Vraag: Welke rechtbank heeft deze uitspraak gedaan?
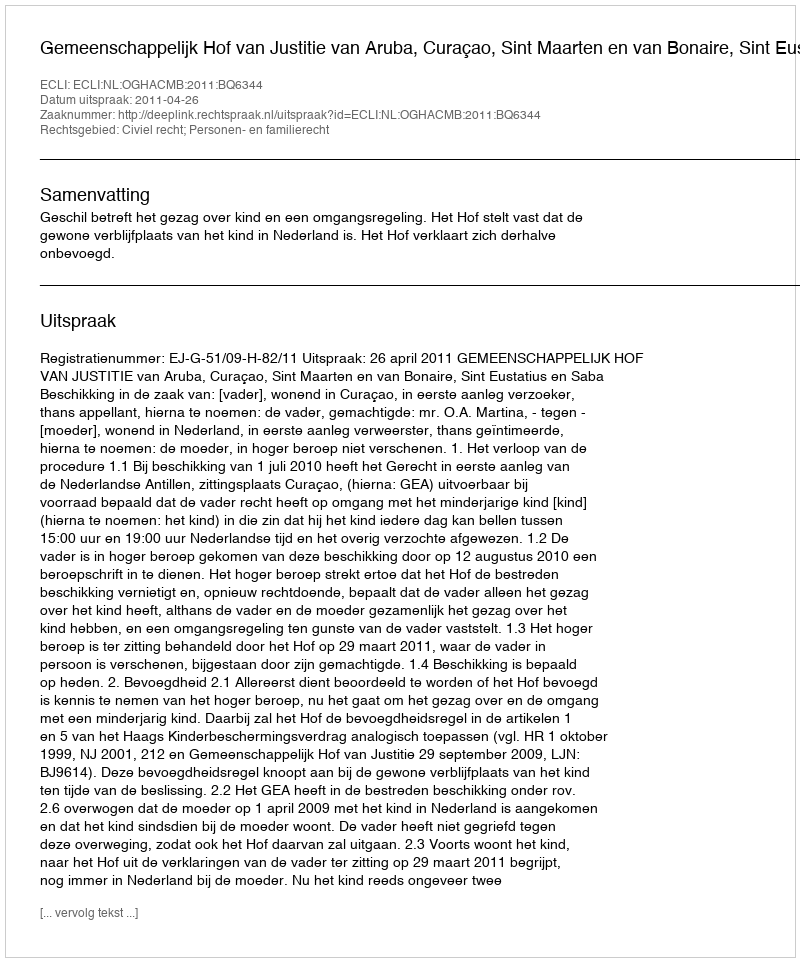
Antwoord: Gemeenschappelijk Hof van Justitie van Aruba, Curaçao, Sint Maarten en van Bonaire, Sint Eustatius en Saba